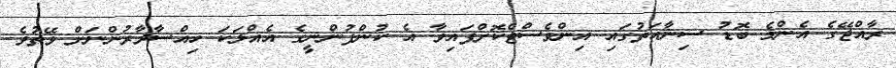
ރާއްޖޭގެ އެންމެ ބޮޑު ސިނާއަތުގައި އިންވެސްޓްކޮށްފައިވާ އެ ކުންފުންނީގެ އެއްލަކަ ހިއްސާދާރުންނަށް ވޭތުވެ